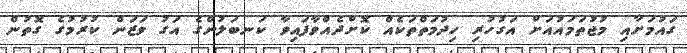
ގައުމަށާއި މުޖުތަމައުއަށް އަގުހުރި ހިދުމަތްތަކެއް ކޮށްދެއްވާފައިވާ ކަނބަލުންގެ އަގު ވަޒަން ކުރުމުގެ ގޮތުން